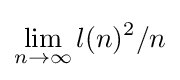
\lim _{n\to \infty }{l(n)^{2}}/n